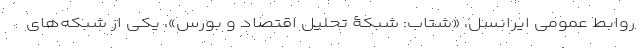
روابط عمومی ایرانسل، «شتاب: شبکۀ تحلیل اقتصاد و بورس»، یکی از شبکه‌های